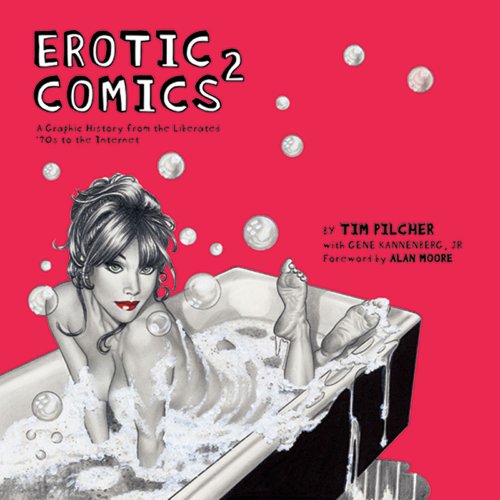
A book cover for Erotic Comics 2: A Graphic History from the Liberated '70s to the Internet; Tim Pilcher; Comics & Graphic Novels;